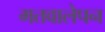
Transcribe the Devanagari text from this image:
मतवालेपन